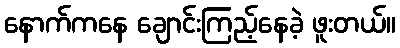
နောက်ကနေ ချောင်းကြည့်နေခဲ့ ဖူးတယ်။